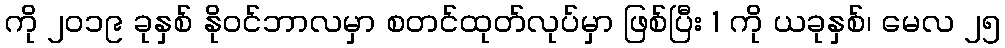
ကို ၂၀၁၉ ခုနှစ် နိုဝင်ဘာလမှာ စတင်ထုတ်လုပ်မှာ ဖြစ်ပြီး 1 ကို ယခုနှစ်၊ မေလ ၂၅